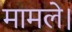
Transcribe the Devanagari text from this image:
मामले।